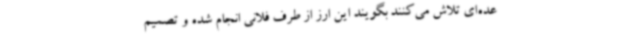
عده‌ای تلاش می‌کنند بگویند این ارز از طرف فلانی انجام شده و تصمیم